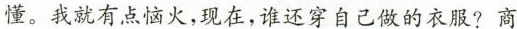
懂。我就有点恼火，现在，谁还穿自己做的衣服?商